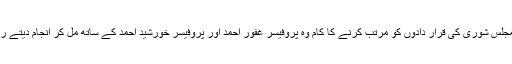
مرکزی مجلس شوری کی قرار دادوں کو مرتب کرنے کا کام وہ پروفیسر غفور احمد اور پروفیسر خورشید احمد کے ساتھ مل کر انجام دیتے رہے تھے۔